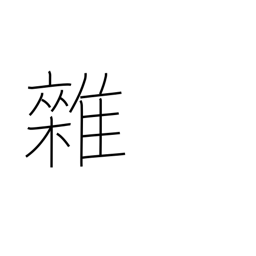
Meaning: mixed